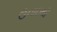
ઉનાઇથી